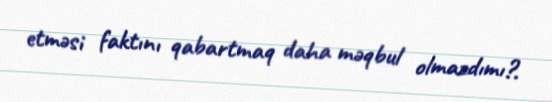
etməsi faktını qabartmaq daha məqbul olmazdımı?.